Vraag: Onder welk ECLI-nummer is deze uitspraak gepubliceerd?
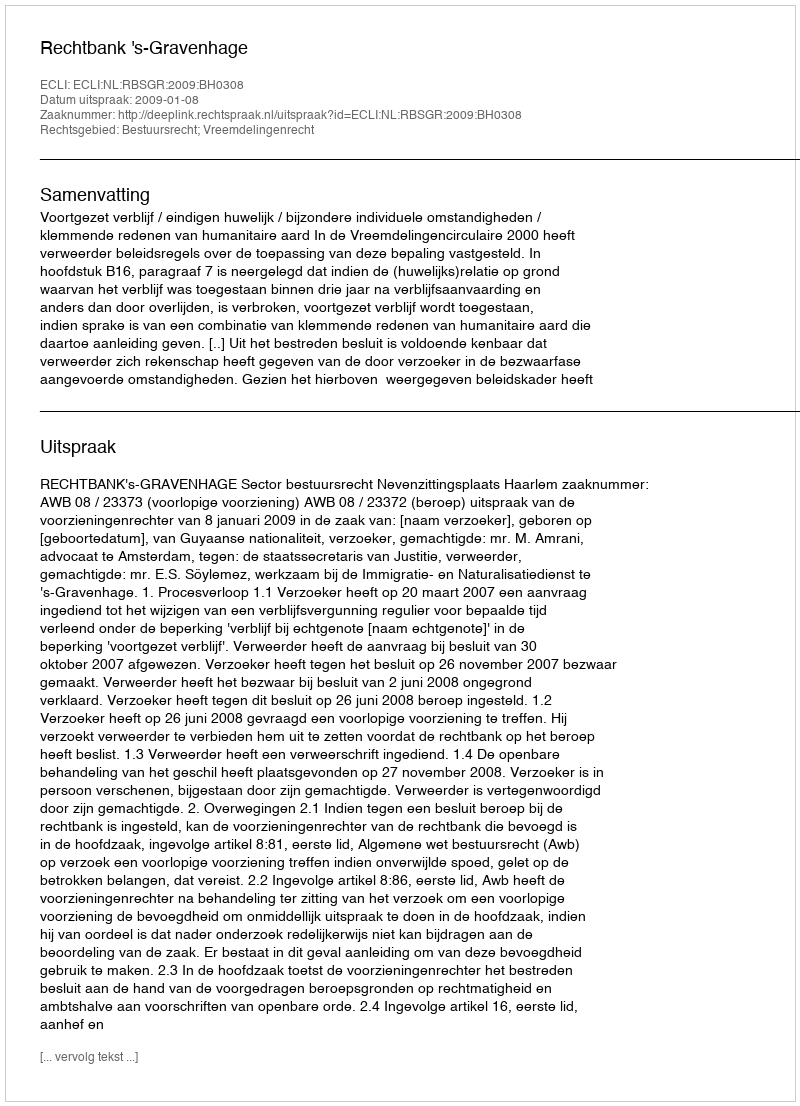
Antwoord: ECLI:NL:RBSGR:2009:BH0308